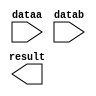
module lpm_add2dr (
	dataa,
	datab,
	result);

	input	[9:0]  dataa;
	input	[9:0]  datab;
	output	[9:0]  result;

endmodule